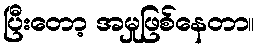
ပြီးတော့ အမှုဖြစ်နေတာ။